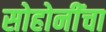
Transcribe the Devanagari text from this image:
सोहोनींंचा